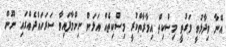
އޭނާ ވިދާޅުވީ ވަގުތީ މިސްކިތް އިމާރާތްކުރީ މިސްކިތެއް އަޅަން ނިންމާފައިވާ ސަރަހައްދެއްގައި ނޫން